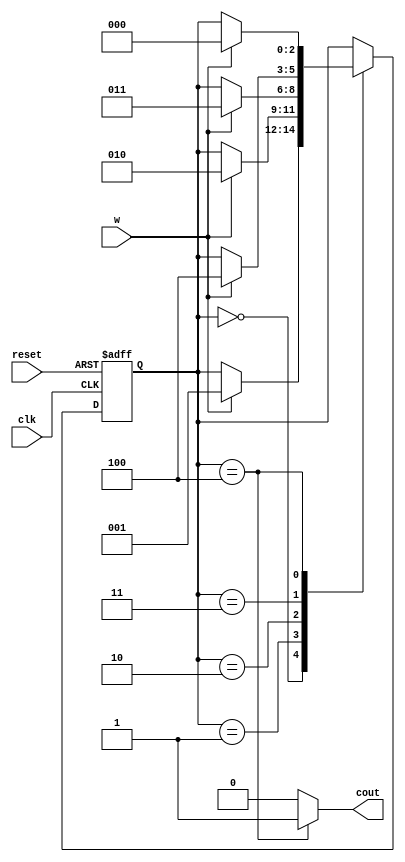
module mod5counter
(
	input wire clk, reset,
	input wire w,
	output reg cout
);

localparam [2:0]
	zero = 3'b000,
	one = 3'b001,
	two = 3'b010,
	three = 3'b011,
	four = 3'b100;

reg[2:0] state, state_n;

// Define Clock and reset
always @(posedge clk, posedge reset)
begin
	if(reset)
		begin
			state <= zero;
		end
	else
		begin
			state <= state_n;
		end
end

// Moore Design
always @(state, w)
begin
	// store current state as next
	state_n = state;
	cout = 1'b0;
	case(state)
		zero: // if state is zero
			if(w)
				state_n = one;
		one:
			if(w)
				state_n = two;
		two:
			if(w)
				state_n = three;
		three:
			if(w)
				state_n = four;
		four:
			begin
				cout = 1'b1;
				if(w)
					state_n = zero;
			end
	endcase
		
end

endmodule